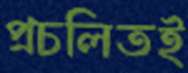
প্রচলিতই